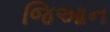
જિઆન